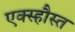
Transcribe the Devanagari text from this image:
एक्स्हौस्त